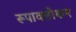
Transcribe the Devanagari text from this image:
रूपावलोकन